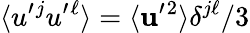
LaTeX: \langle{u^{\prime}{}^{j}u^{\prime}{}^{\ell}}\rangle=\langle{{\mathbf{u}}^{\prime}{}^{2}}\rangle\delta^{j\ell}/3